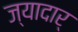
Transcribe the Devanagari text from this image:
ज्यादार्